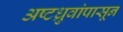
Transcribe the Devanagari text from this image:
अष्टध्रुवांपासून